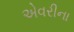
એવરીના